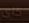
كاى